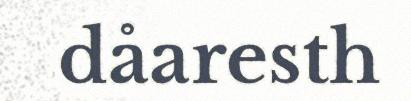
dåaresth